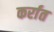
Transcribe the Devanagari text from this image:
कर्रात